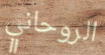
الروحاني